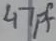
Text: 47pf